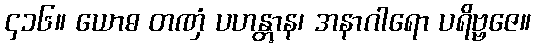
၄၁၆။ ယောဓ တဏှံ ပဟန္တွာန၊ အနာဂါရော ပရိဗ္ဗဇေ။